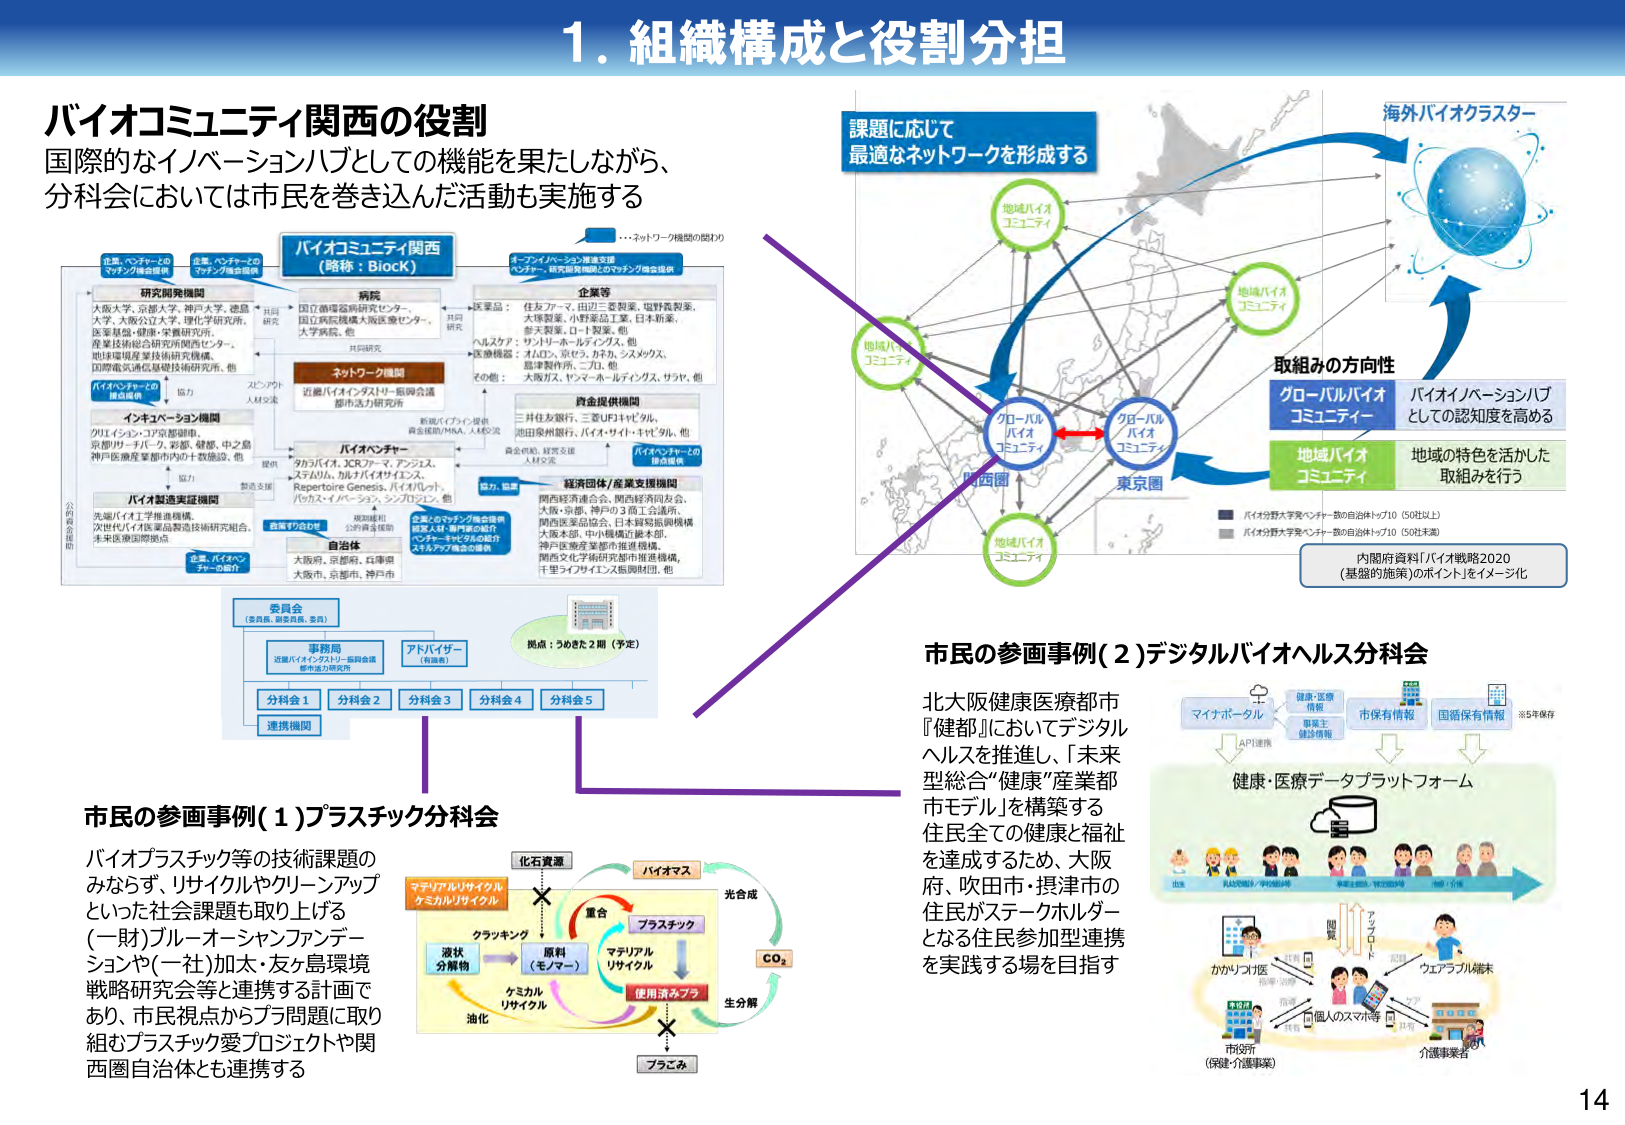
1. 組織構成と役割分担

バイオコミュニティ関西の役割
国際的なイノベーションハブとしての機能を果たしながら、
分科会においては市民を巻き込んだ活動も実施する

…ネットワーク機関の図わり

企業・ベンチャーとの
マッチング推進機構

企業・ベンチャーとの
マッチング推進機構

バイオコミュニティ関西
（略称：BioK）

イノベーション・ハブ支援
ベンチャー・研究開発機関とのマッチング推進機構

研究開発機関
大阪大学、京都大学、神戸大学、徳島大学、大阪公立大学、理化学研究所、
医薬基盤・健康・栄養研究所、
産業技術総合研究所関西センター、
地球環境産業技術研究所、
国際電気通信基礎技術研究所、他

病院
国立循環器病研究センター、
国立病院機構大阪医療センター、
大学病院、他

共研究

共研究

ネットワーク機関
近畿バイオインダストリー振興会議
都市活力研究会

企業等
医薬品：住友フマ、田辺三菱製薬、塩野義製薬、
大塚製薬、小野薬品工業、日本新薬、
参天製薬、ロート製薬、他
ヘルスケア：サントリーホールディングス、他
医療機器：オムロン、京セラ、カネカ、シスメックス、
島津製作所、ニチレ、他
その他：大阪ガス、ヤンマーホールディングス、サクラ、他

バイオベンチャー
タカハシ、JCRファーマ、アブスス、
ステムリム、加トバイオインス、
Repertoire Genesis、バイオリット、
バクス・アーキテクス、シンジン、他

資金提供機関
三井住友銀行、三菱UFJキャピタル、
池田泉州銀行、バイオサイド・キャピタル、他

経済団体／産業支援機関
関西経済連合会、関西経済同友会、
大阪・京都・神戸の3府12会議、
関西医薬品協会、日本貿易振興機構
大阪本部、中小機構近畿本部、
神戸医療産業都市推進機構、
関西文化学術研究都市推進機構、
千里ライフサイエンス振興財団、他

バイオインキュベータの
運営支援

インキュベーション機関
クリエイション・コア京都駅前、
京都リサーチパーク、彩都、健康、中之島
神戸医療産業都市内の十数施設、他

提供

協力

バイオ流通支援機関
先端バイオ工学連携機構、
次世代バイオ医薬品製造技術研究組合、
未来医療国際戦略

企業・バイオベンチャーの紹介

自治体
大阪府、京都府、兵庫県
大阪市、京都市、神戸市

委員会
（委員長、副委員長、委員）

事務局
近畿バイオインダストリー振興会議
都市活力研究会

アドバイザー
（有識者）

分科会1
分科会2
分科会3
分科会4
分科会5

連携機関

拠点：うめきた 2 期（予定）

課題に応じて
最適なネットワークを形成する

海外バイオクラスター

地域バイオ
コミュニティ

地域バイオ
コミュニティ

グローバル
バイオ
コミュニティ

グローバル
バイオ
コミュニティ

関西圏

東京圏

地域バイオ
コミュニティ

取組みの方向性
グローバルバイオ
コミュニティ
バイオイノベーションハブ
としての認知度を高める

地域バイオ
コミュニティ
地域の特色を活かした
取組みを行う

バイオ分野大学発ベンチャー数の自治体トップ10（50社以上）
バイオ分野大学発ベンチャー数の自治体トップ10（50社未満）

内閣府資料「バイオ戦略2020
（基盤的施策）のポイント」をイメージ化

市民の参画事例（1）プラスチック分科会
バイオプラスチック等の技術課題のみならず、リサイクルやクリーンアップといった社会課題を取り上げる
（一財）ブルーオーシャンファンドーションや（一社）加太・友ヶ島環境戦略研究会等と連携する計画であり、市民視点からプラ問題に取り組むプラスチック愛プロジェクトや関西圏自治体とも連携する

化石資源
バイオマス
光合成
重合
プラスチック
マテリアル
リサイクル
使用済みプラ
生分解
CO₂
プラごみ
液状
分解物
クランキング
原料
（モノマー）
ケミカル
リサイクル
油化
マテリアルリサイクル
ケミカルリサイクル

市民の参画事例（2）デジタルバイオヘルス分科会
北大阪健康医療都市
『健都』においてデジタルヘルスを推進し、「未来型総合“健康”産業都市モデル」を構築する
住民全ての健康と福祉を達成するため、大阪府、吹田市・摂津市の住民がステークホルダーとなる住民参加型連携を実践する場を目指す

マイナポータル
健康・医療情報
健康・医療情報
市保有情報
国循保有情報
※5年保存
API連携

健康・医療データプラットフォーム

かがりプロ医
個人のスマホ等
市役所
（保健・介護事業）
介護事業者
ウェアラブル端末
アプリ
スマホ
タブレット
PC
健康・医療情報
健康・医療情報
市保有情報
国循保有情報
※5年保存
API連携

14